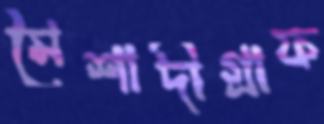
মৈশাদীগ্রাফ